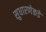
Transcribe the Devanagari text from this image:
सुधारणेकडे